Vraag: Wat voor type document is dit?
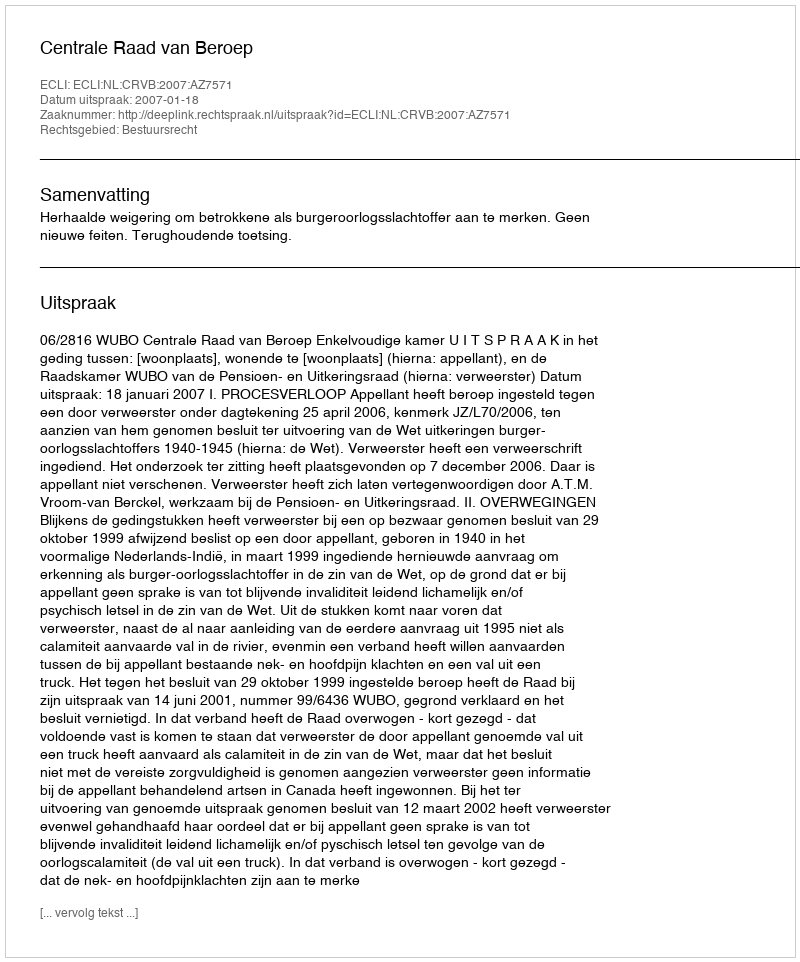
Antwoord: Uitspraak